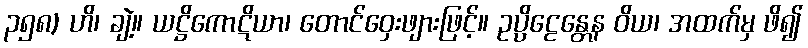
၃၅၈) ဟိ၊ ချဲ့။ ယဋ္ဌိကောဋိယာ၊ တောင်ဝှေးဖျားဖြင့်။ ဥပ္ပိဠေန္တေန ဝိယ၊ အထက်မှ ဖိ၍